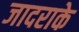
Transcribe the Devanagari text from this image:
जादराके